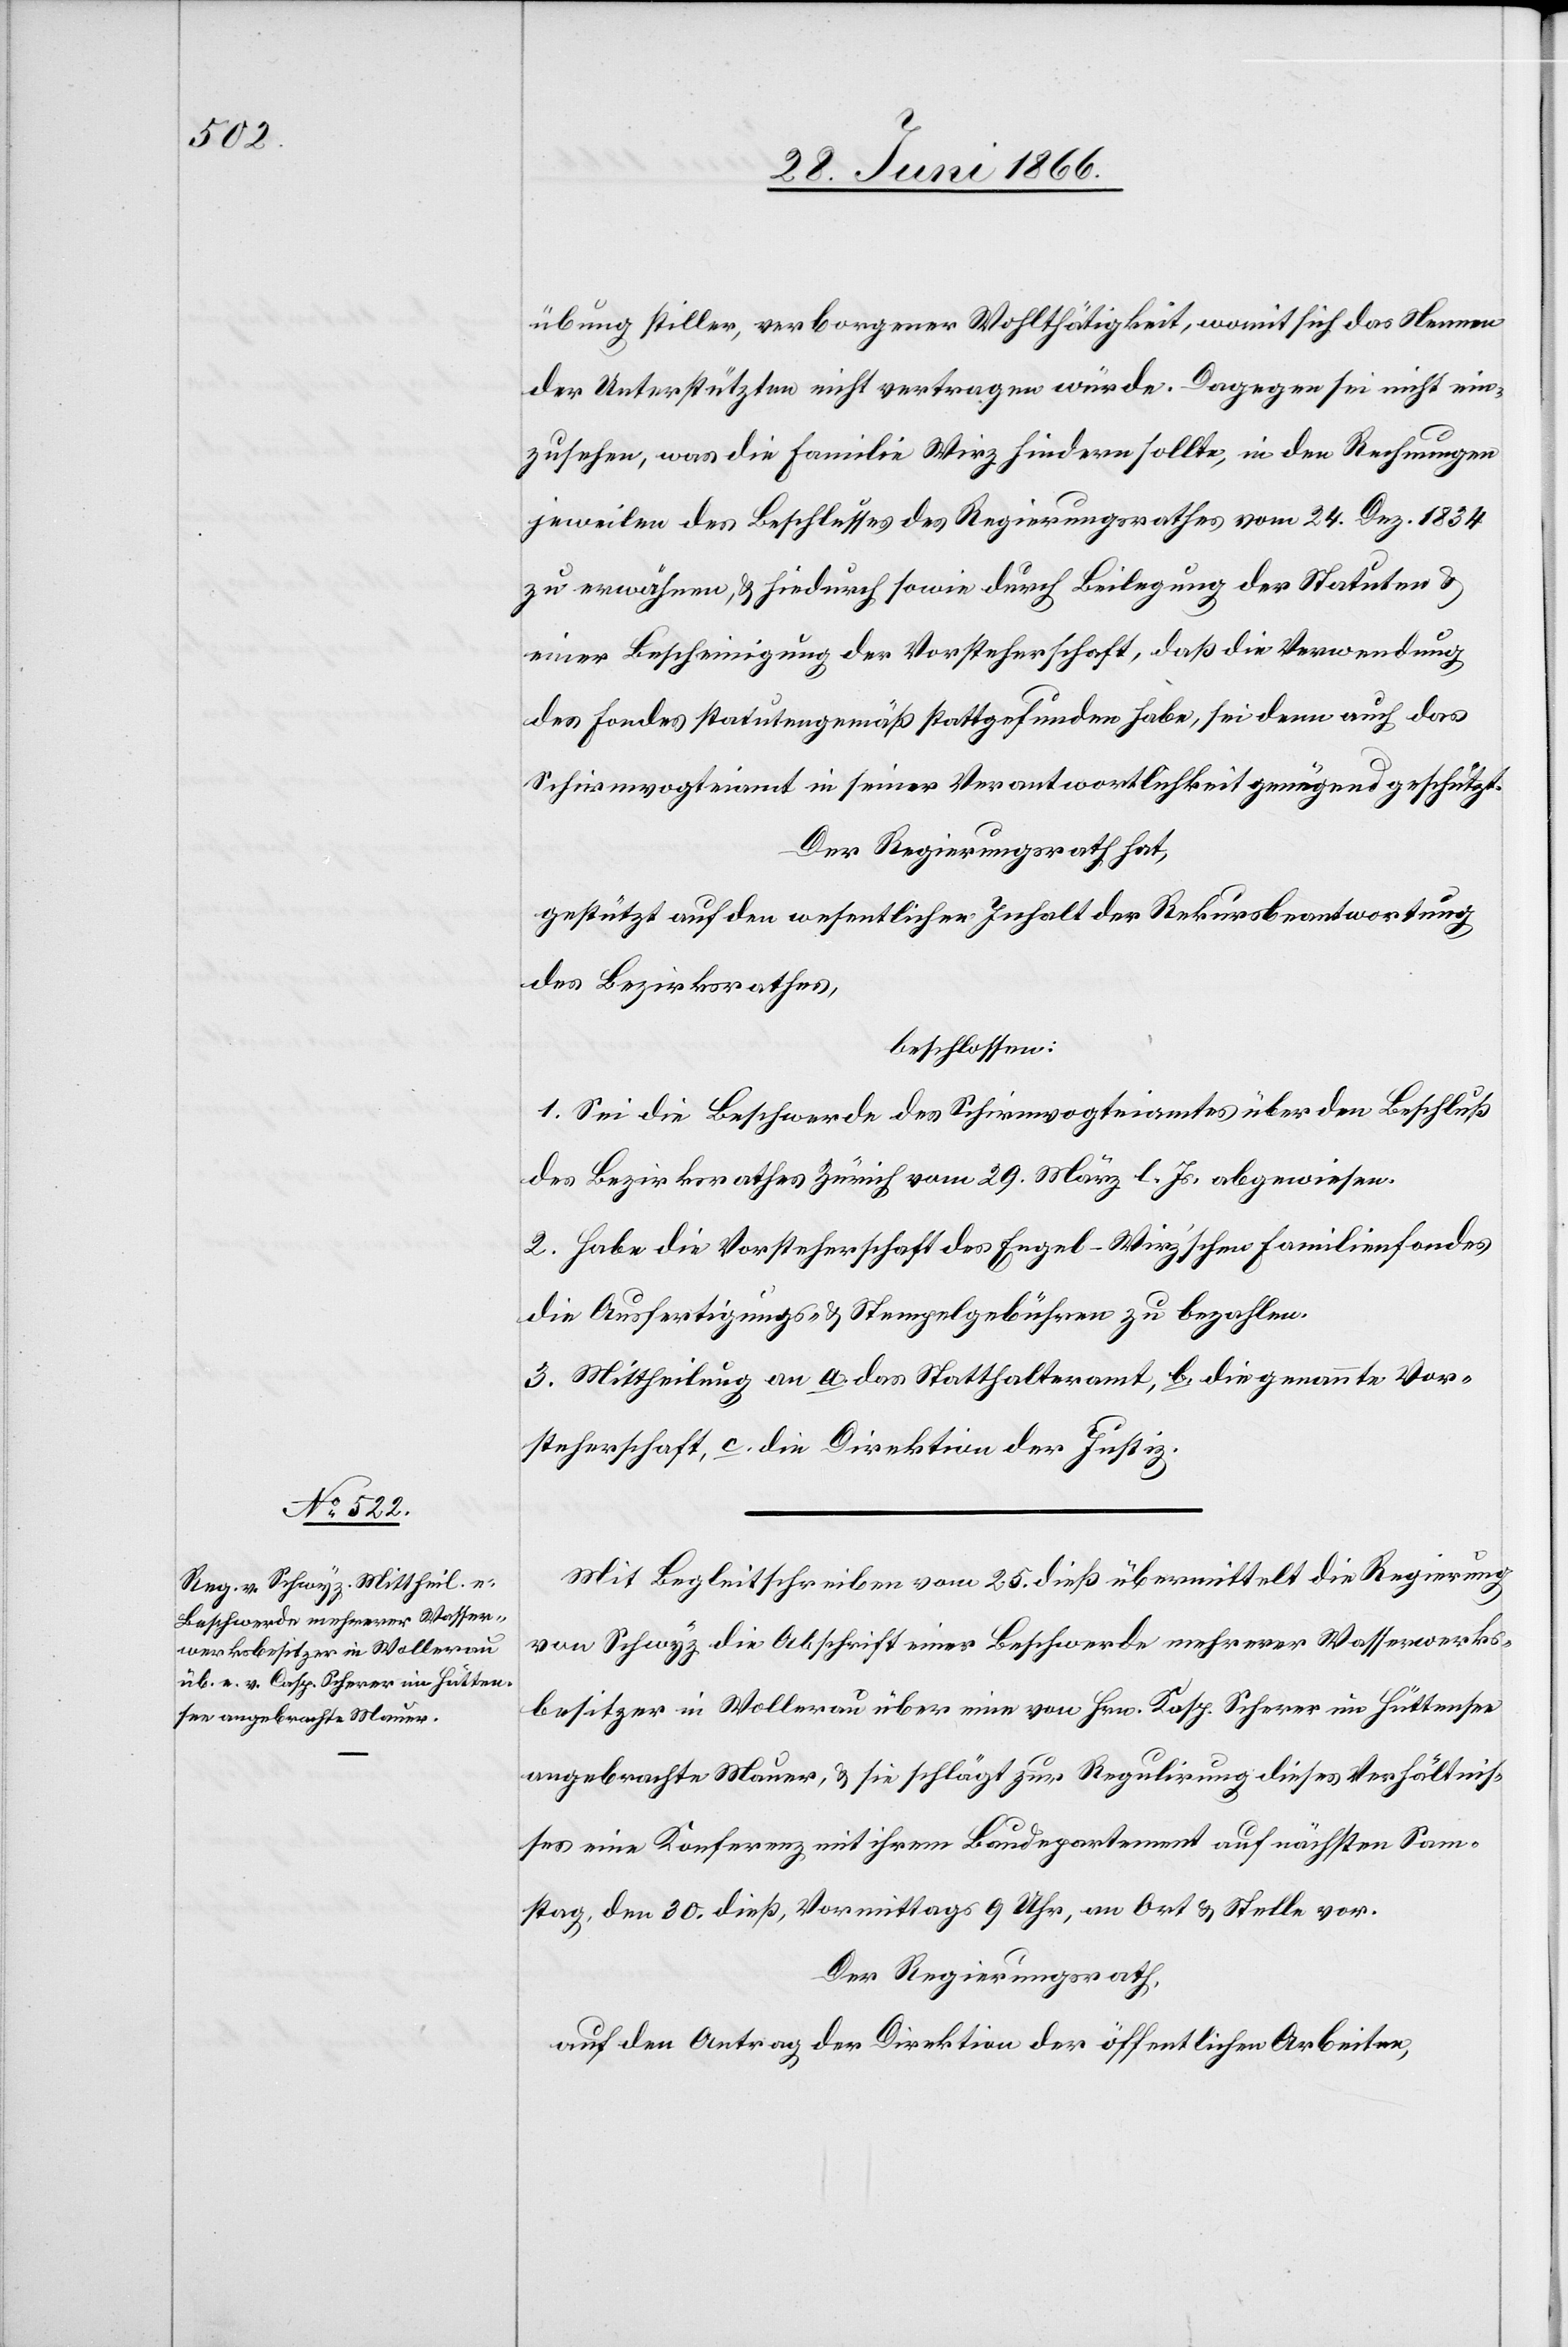
übung stiller, verborgener Wohlthätigkeit, womit sich das Nennen
der Unterstützten nicht vertragen würde. Dagegen sei nicht ein¬
zusehen, was die Familie Wirz hindern sollte, in den Rechnungen
jeweilen des Beschlusses des Regierungsrathes vom 24. Dez 1834
zu erwähnen, u. hiedurch sowie durch Beilegung der Statuten u.
einer Bescheinigung der Vorsteherschaft, daß die Verwendung
des Fondes statutengemäß stattgefunden habe, sei denn auch das
Schirmvogteiamt in seiner Verantwortlichkeit genügend geschützt.
Der Regierungsrath hat,
gestützt auf den wesentlichen Inhalt der Rekursbeantwortung
des Bezirksrathes,
beschlossen:
1. Sei die Beschwerde des Schirmvogteiamtes über den Beschluß
des Bezirksrathes Zürich vom 29. März l. Js. abgewiesen.
2. Habe die Vorsteherschaft des Engel-Wirz’schen Familienfondes
die Ausfertigungs- u. Stempelgebühren zu bezahlen.
3. Mittheilung an a. das Statthalteramt, b. die genannte Vor¬
steherschaft, c. die Direktion der Justiz.
Mit Begleitschreiben vom 25. dieß übermittelt die Regierung
von Schwyz die Abschrift einer Beschwerde mehrerer Wasserwerks¬
besitzer in Wollerau über eine von Hrn. Kasp. Scherer [sic!] im Hüttensee
angebrachte Mauer, u. sie schlägt zur Regulirung dieses Verhältnis¬
ses eine Konferenz mir ihrem Baudepartement auf nächsten Son¬
ntag, den 30. dieß, Vormittags 9 Uhr, an Ort u. Stelle vor.
Der Regierungsrath,
auf den Antrag der Direktion der öffentlichen Arbeiten,